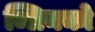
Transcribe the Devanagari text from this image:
ब्लिनको